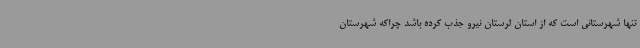
تنها شهرستانی است که از استان لرستان نیرو جذب کرده باشد چراکه شهرستان